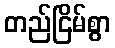
တည်ငြိမ်စွာ